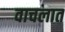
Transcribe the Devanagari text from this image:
वाचलात